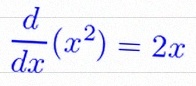
\frac{d}{dx}(x^2)=2x